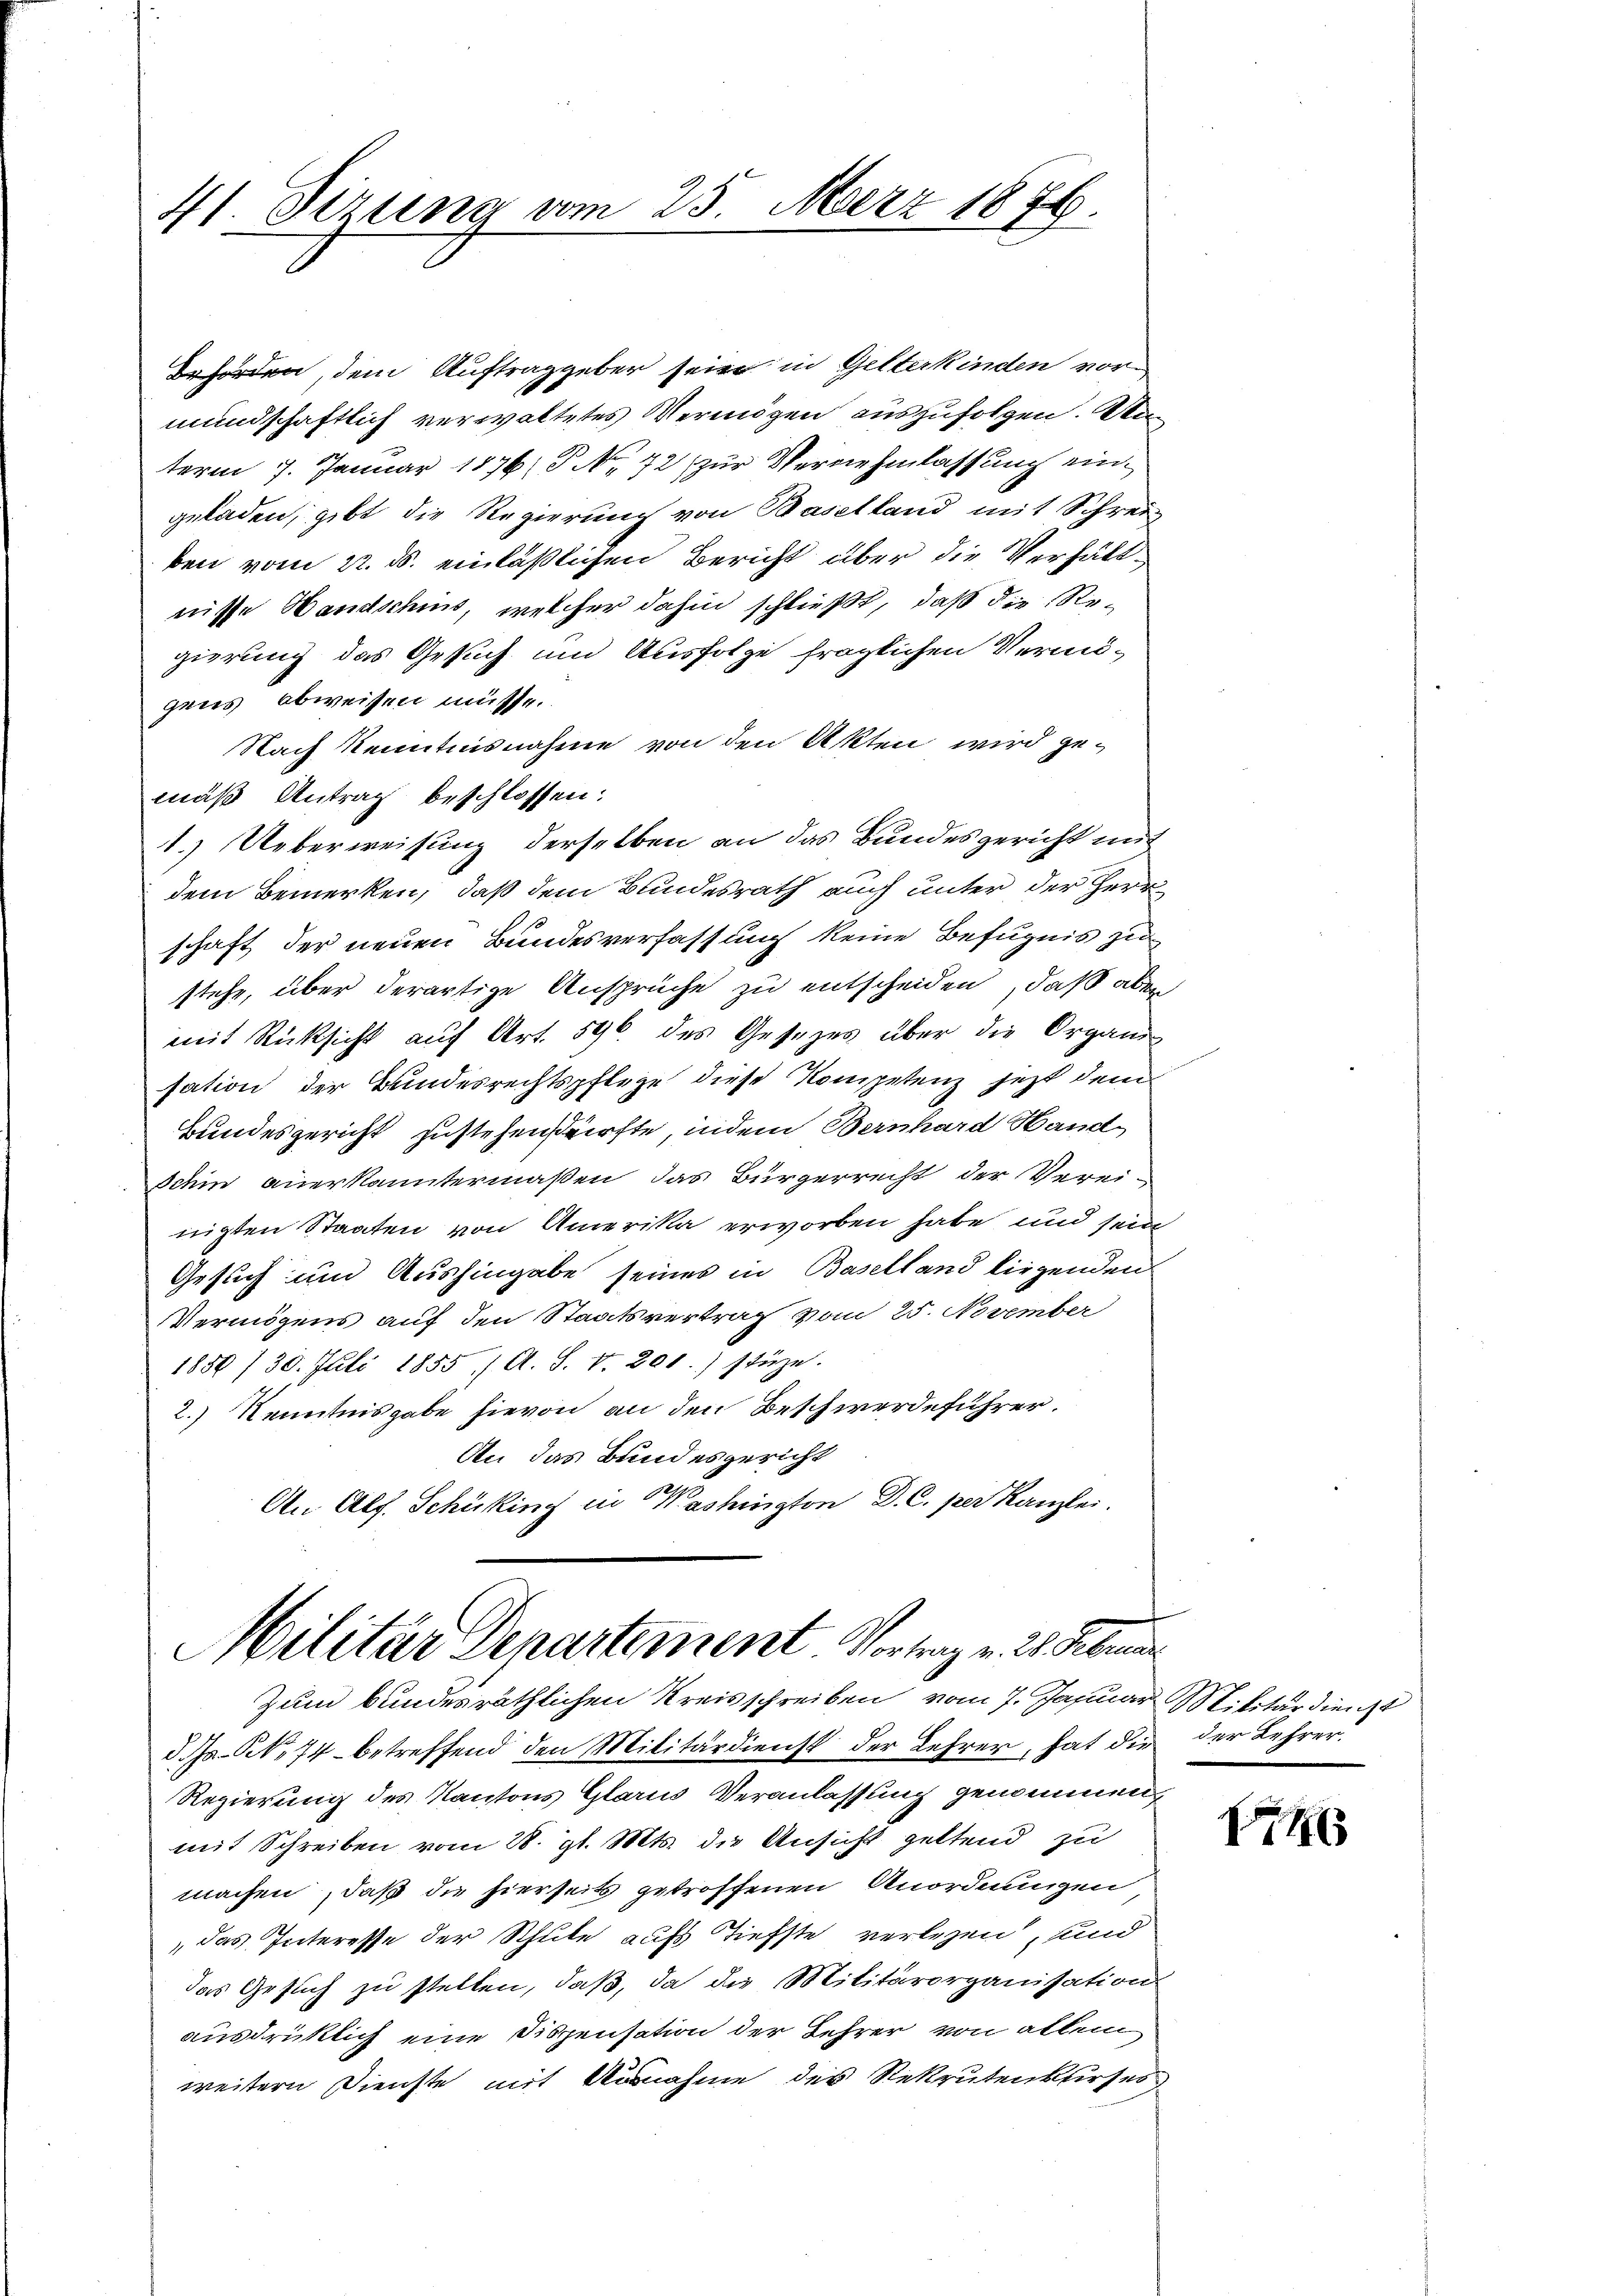
41. Sizung vom 25. März 1876.

Behörden, dem Auftraggeber sein in Gelterkinden vor-
mundschaftlich verwaltetes Vermögen auszufolgen. Un
term 7. Januar 1876/ P. Nr. 72 zur Vernehmlassung eingeladen, gibt die Regierung von Baselland mit Schrei
ben vom 22. ds. einläßlichen Bericht über die Verhältnisse Wandschmid, welcher dahin schließt, daß die Regierung das Gesuch und Ausfolge fraglichen Vermö-
gens abweisen müsse.
Nach Kenntnisnahme von den Akten wird gemäß Antrag beschlossen:
1.) Ueberweisung derselben an das Bundesgericht mit
dem Bemerken, daß dem Bundesrath auch unter der Herr
schaft der neuen Bundesverfassung keine Befugnis zu
stehe, über derartige Ansprüche zu entscheiden, daß aber
mit Rücksicht auf Art. 596 des Gesezes über die Organis
sation der Bundesrechtspflege diese Kompetenz jetzt dem
Bundesgericht zustehen dürfte, indem Bernhard Hand
schein anerkanntermaßen, das Bürgerrecht der Vereinigten Staaten von Amerika erworben habe und seine
Gesuch und Aushingabe seines in Baselland liegenden
Vermögens auf den Staatsvertrag vom 25. November
1888 /30. Juli 1855 / A. S. v. 201.) stüze.
2.) Kenntnisgabe hievon an den Beschwerdeführer.
An das Bundesgericht
An Alf. Schüking in Washington D. C. per Kanzlei.
Militär Departement Vortrag v. 2. Februar
Zum bundesräthlichen Kreisschreiben vom 7. Januar Militärdienst
d. Js. S. 74 betreffend den Militärdienst der Lehrer, hat die der Lehrer
Regierung des Kantons Glarus Veranlassung genommen,
mit Schreiben vom 28. gl. Mts. die Ansicht geltend zu
machen, daß die hierseits getroffenen Anordnungen
das Interesse der Schule aufs Tiefste verlegen, unnd
das Gesuch zu stellen, daß, da die Militärorganisation
ausdrücklich eine Dispensation der Lehrer von allem
weitern Dienste mit Ausnahme des Rekrutenkurses

16